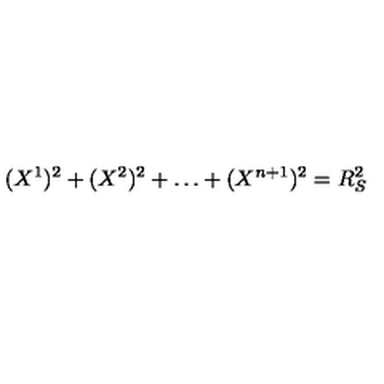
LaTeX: ( X ^ { 1 } ) ^ { 2 } + ( X ^ { 2 } ) ^ { 2 } + \dots + ( X ^ { n + 1 } ) ^ { 2 } = R _ { S } ^ { 2 }